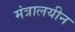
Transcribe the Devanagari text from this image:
मंत्रालयीन